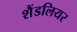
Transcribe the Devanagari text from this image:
शैंडलियर